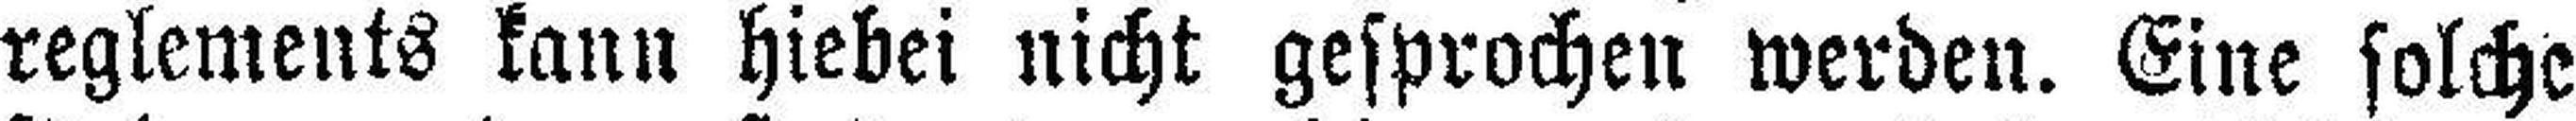
reglements kann hiebei nicht gesprochen werden. Eine solche